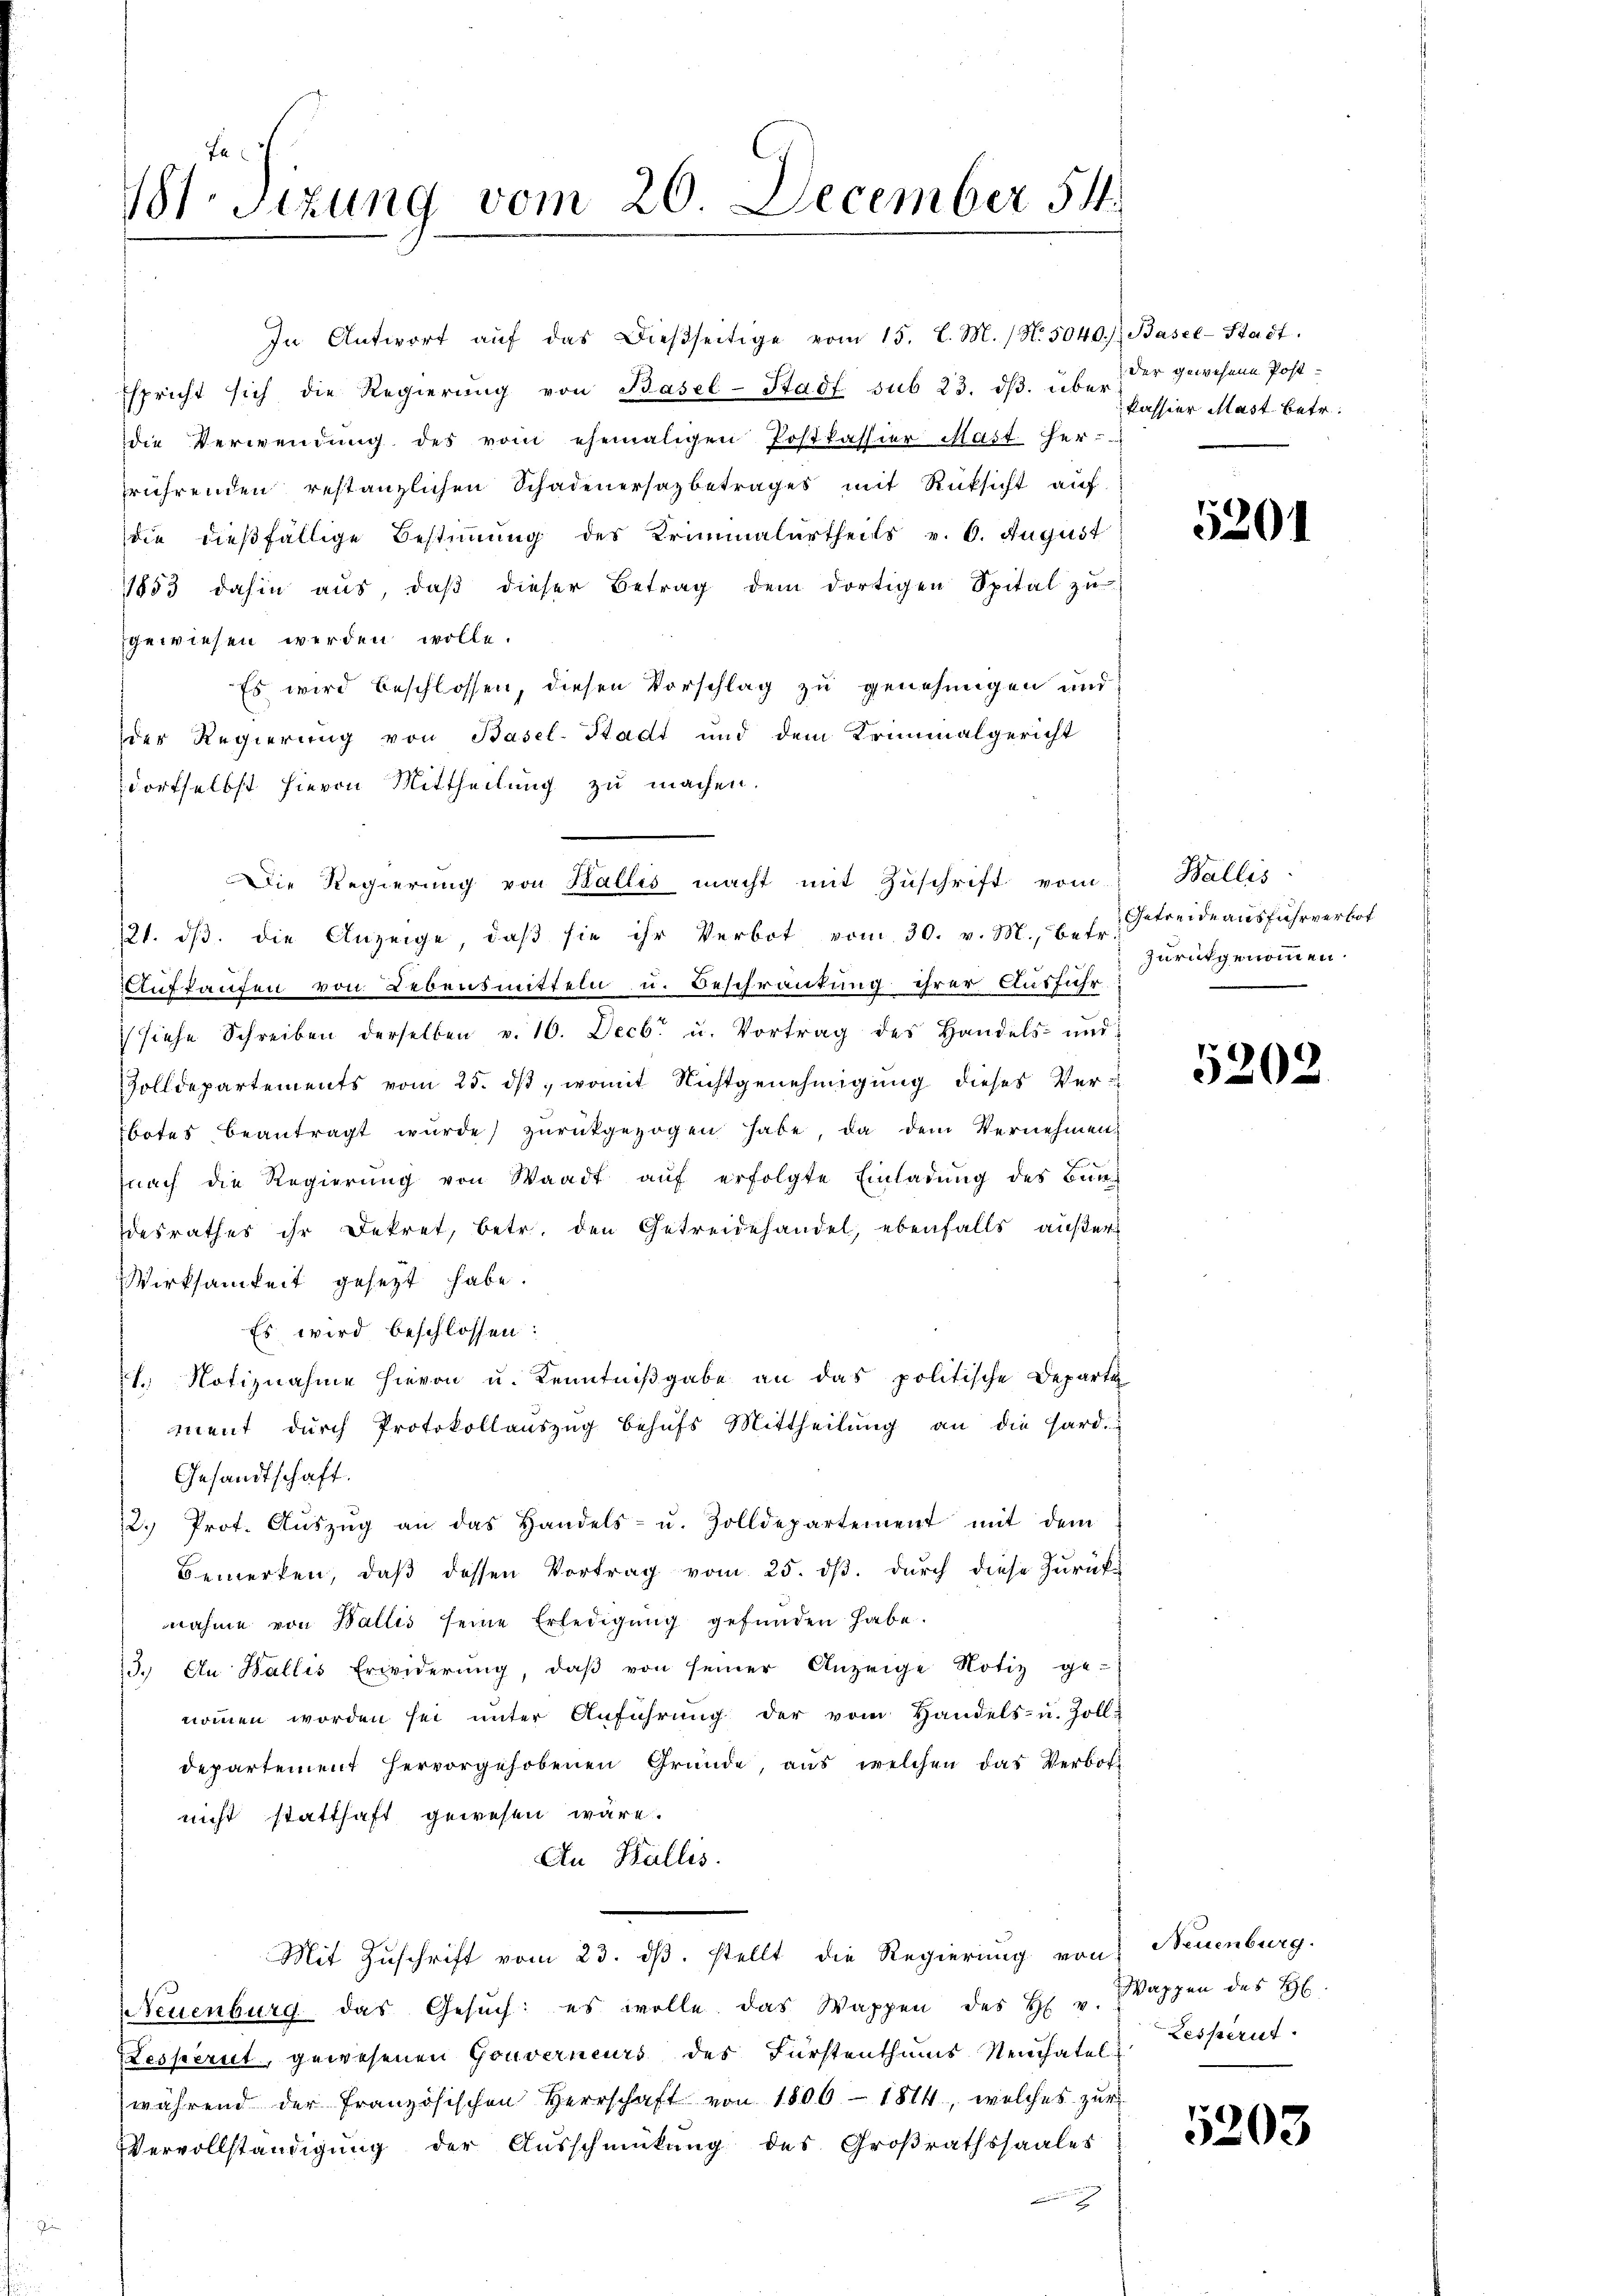
Vt. Sitzung vom 20. December 54.

In Antwort aŭf das dießseitige vom 15. l. M. (N. 5040.) Basel-Stadt.
spricht sich die Regierung von Basel-Stadt sub 23. dβ. über der gewesene Post-
die Verwendung des vom ehemaligen Postkassier Mast her-
rührenden restanzlichen Schadenersazbetrages mit Rücksicht auf
die dießfällige Bestimmung des Kriminalurtheils v. 6. August
1853 dahin aŭs, daβ dieser Betrag dem dortigen Spital zŭ
gewiesen werden wolle.
Es wird beschlossen, diesen Vorschlag zu genehmigen und
der Regierung von Basel-Stadt und dem Kriminalgericht
dortselbst hievon Mittheilung zu machen.
121. dβ. die Anzeige, daβ sie ihr Verbot vom 30. v. M., b. f., Getreide ausfuhrverbot
uftaufen von Lebensmitteln u. Beschrautung ihrer Ausführ
siehe Schreiben derselben v. 10. Decbr. u. Vortrag des Handels- und
Zolldepartements vom 25. ds, womit Nichtgenehmigung dieses Verbotes beantragt wurde zŭrückgezogen habe, da dem Vernehmen,
nach die Regierung von Waadt auf erfolgte Einladung des Bundesrathes ihr Dekret, betr. den Getreidehandel, ebenfalls außer
Wirksamkeit gesetzt habe.
Es wird beschlossen:
1. Notiznahme hievon u. Kenntnißgabe an das politische Departe
ment durch Protokollauszug behŭfs Mittheilung an die Hard.
Gesandtschaft.
2. Prof. Aŭszŭg an das Handels- u. Zolldepartement mit dem
Bemerken, daβ dessen Vortrag vom 25. dβ. durch diese Zurück-
nahme von Wallis seine Erledigŭng gefunden habe.
3. In Wallis Erwiderŭng, daβ von seiner Anzeige Notiz ge-
nommen worden sei unter Anführung der vom Handels- u. Zoll-
departement hervorgehobenen Gründe, aus welchen das Verbot
nicht statthaft gewesen wäre.
An Wallis.
Mit Zuschrift vom 23. ds. stellt die Regierung von Neuenburg.
Neuenburg das Gesŭch: es wolle das Wappen des H. v.
Lesperit, gewesenen Gouverneurs des Fürstenthums Neuchatel
während der französischen Herrschaft von 1806 - 1814, welches zŭr
Vervollständigung der Ausschmükŭng des Großrathssaales

Die Regierung von Wallis macht mit Zŭschrift vom

kassier Mast. Betr.

5201

Wallis
zurückgenommen.

5202

Wappen des H
Resperut

5203